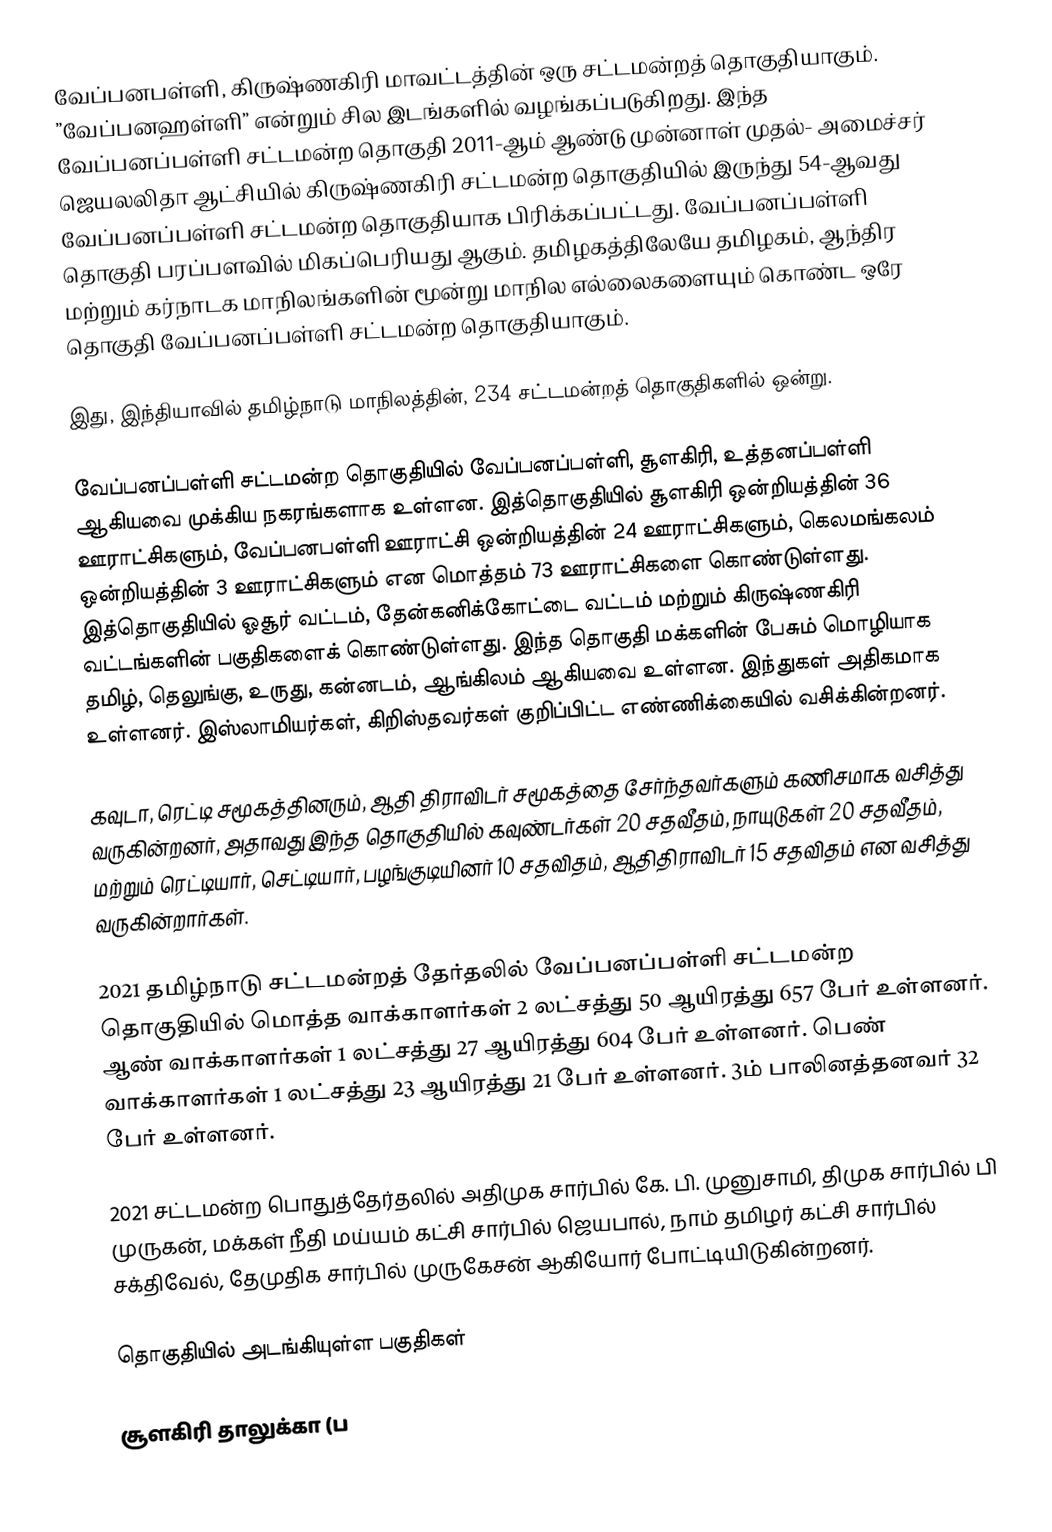
வேப்பனபள்ளி, கிருஷ்ணகிரி மாவட்டத்தின் ஒரு சட்டமன்றத் தொகுதியாகும். ”வேப்பனஹள்ளி” என்றும் சில இடங்களில் வழங்கப்படுகிறது. இந்த வேப்பனப்பள்ளி சட்டமன்ற தொகுதி 2011-ஆம் ஆண்டு முன்னாள் முதல்- அமைச்சர் ஜெயலலிதா ஆட்சியில் கிருஷ்ணகிரி சட்டமன்ற தொகுதியில் இருந்து 54-ஆவது வேப்பனப்பள்ளி சட்டமன்ற தொகுதியாக பிரிக்கப்பட்டது. வேப்பனப்பள்ளி தொகுதி பரப்பளவில் மிகப்பெரியது ஆகும். தமிழகத்திலேயே தமிழகம், ஆந்திர மற்றும் கர்நாடக மாநிலங்களின் மூன்று மாநில எல்லைகளையும் கொண்ட ஒரே தொகுதி வேப்பனப்பள்ளி சட்டமன்ற தொகுதியாகும்.

இது, இந்தியாவில் தமிழ்நாடு மாநிலத்தின், 234 சட்டமன்றத் தொகுதிகளில் ஒன்று.

வேப்பனப்பள்ளி சட்டமன்ற தொகுதியில் வேப்பனப்பள்ளி, சூளகிரி,  உத்தனப்பள்ளி ஆகியவை முக்கிய நகரங்களாக உள்ளன. இத்தொகுதியில் சூளகிரி ஒன்றியத்தின் 36 ஊராட்சிகளும், வேப்பனபள்ளி ஊராட்சி ஒன்றியத்தின்  24 ஊராட்சிகளும், கெலமங்கலம் ஒன்றியத்தின் 3 ஊராட்சிகளும் என மொத்தம் 73 ஊராட்சிகளை கொண்டுள்ளது. இத்தொகுதியில்  ஓசூர் வட்டம், தேன்கனிக்கோட்டை வட்டம் மற்றும் கிருஷ்ணகிரி வட்டங்களின் பகுதிகளைக் கொண்டுள்ளது. இந்த தொகுதி மக்களின் பேசும் மொழியாக தமிழ், தெலுங்கு, உருது, கன்னடம், ஆங்கிலம் ஆகியவை உள்ளன. இந்துகள் அதிகமாக உள்ளனர். இஸ்லாமியர்கள், கிறிஸ்தவர்கள் குறிப்பிட்ட எண்ணிக்கையில் வசிக்கின்றனர்.

கவுடா, ரெட்டி சமூகத்தினரும், ஆதி திராவிடர் சமூகத்தை சேர்ந்தவர்களும் கணிசமாக வசித்து வருகின்றனர், அதாவது இந்த தொகுதியில் கவுண்டர்கள் 20 சதவீதம், நாயுடுகள் 20 சதவீதம், மற்றும் ரெட்டியார், செட்டியார், பழங்குடியினர் 10 சதவிதம், ஆதிதிராவிடர் 15 சதவிதம் என வசித்து வருகின்றார்கள்.

2021 தமிழ்நாடு சட்டமன்றத் தேர்தலில் வேப்பனப்பள்ளி சட்டமன்ற தொகுதியில் மொத்த வாக்காளர்கள் 2 லட்சத்து 50 ஆயிரத்து 657 பேர் உள்ளனர். ஆண் வாக்காளர்கள் 1 லட்சத்து 27 ஆயிரத்து 604 பேர் உள்ளனர். பெண் வாக்காளர்கள் 1 லட்சத்து 23 ஆயிரத்து 21 பேர் உள்ளனர். 3ம் பாலினத்தனவர் 32 பேர் உள்ளனர்.

2021 சட்டமன்ற பொதுத்தேர்தலில் அதிமுக சார்பில் கே. பி. முனுசாமி, திமுக சார்பில் பி முருகன், மக்கள் நீதி மய்யம் கட்சி சார்பில் ஜெயபால், நாம் தமிழர் கட்சி சார்பில் சக்திவேல், தேமுதிக சார்பில் முருகேசன் ஆகியோர் போட்டியிடுகின்றனர்.

தொகுதியில் அடங்கியுள்ள பகுதிகள்

சூளகிரி தாலுக்கா (ப